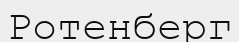
Ротенберг